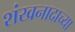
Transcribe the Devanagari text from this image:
शंखनादाच्या